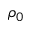
\rho _ { 0 }